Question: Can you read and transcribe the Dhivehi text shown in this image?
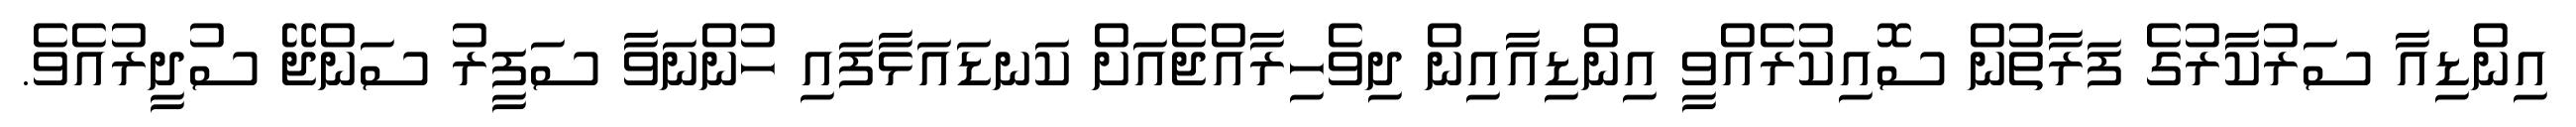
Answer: އިންޑިއާ ސަރުކާރުގެ ފަރާތުން ސޮއިކުރެއްވީ އިންޑިއާއިން ދިވެހިރާއްޖެއަށް ކަނޑައަޅާފައި ހުންނަވާ ސަފީރު ސަންޖޭ ސުދީރުއެވެ.